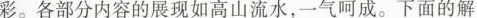
彩。各部分内容的展现如高山流水，一气呵成。下面的解